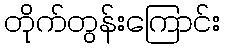
တိုက်တွန်းကြောင်း